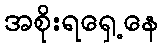
အစိုးရရှေ့နေ